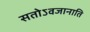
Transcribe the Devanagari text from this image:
सतोऽवजानाति